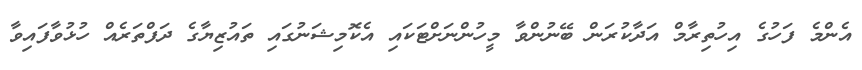
އެންމެ ފަހުގެ އިހުތިރާމް އަދާކުރަން ބޭނުންވާ މީހުންނަށްޓަކައި އެކޮމިޝަނުގައި ތައުޒިޔާގެ ދަފްތަރެއް ހުޅުވާފައިވާ